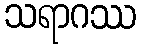
သရာဂဿ